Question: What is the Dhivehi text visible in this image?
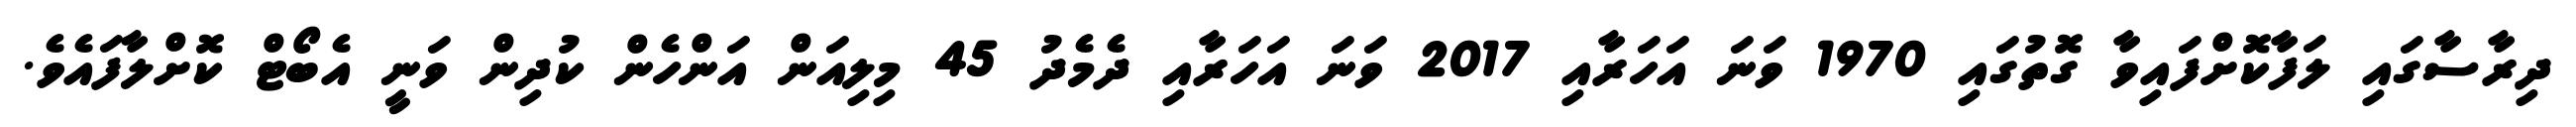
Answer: ދިރާސާގައި ލަފާކޮށްފައިވާ ގޮތުގައި 1970 ވަނަ އަހަރާއި 2017 ވަނަ އަހަރާއި ދެމެދު 45 މިލިއަން އަންހެން ކުދިން ވަނީ އެބޯޓް ކޮށްލާފައެވެ.